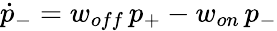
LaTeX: \dot{p}_{-}=w_{off}\, p_{+}-w_{on}\, p_{-}